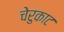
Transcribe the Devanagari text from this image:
चेरुकाट